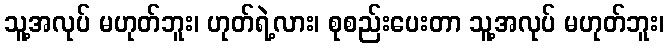
သူ့အလုပ် မဟုတ်ဘူး၊ ဟုတ်ရဲ့လား၊ စုစည်းပေးတာ သူ့အလုပ် မဟုတ်ဘူး၊